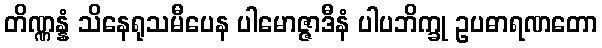
တိဏ္ဏန္နံ သိနေရုသမီပေန ပါမောဇ္ဇာဒီနံ ပါပဘိက္ခု ဥပဓာရဏတော